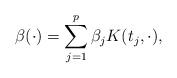
LaTeX: \begin{align*}\beta(\cdot) = \sum_{j=1}^p \beta_j K(t_j,\cdot),\end{align*}